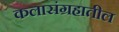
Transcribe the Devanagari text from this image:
कलासंग्रहातील